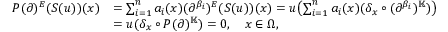
\begin{array} { r l } { P ( \partial ) ^ { E } ( S ( u ) ) ( x ) } & { = \sum _ { i = 1 } ^ { n } a _ { i } ( x ) ( \partial ^ { \beta _ { i } } ) ^ { E } ( S ( u ) ) ( x ) = u \bigl ( \sum _ { i = 1 } ^ { n } a _ { i } ( x ) ( \delta _ { x } \circ ( \partial ^ { \beta _ { i } } ) ^ { \mathbb { K } } ) \bigr ) } \\ & { = u ( \delta _ { x } \circ P ( \partial ) ^ { \mathbb { K } } ) = 0 , \quad x \in \Omega , } \end{array}